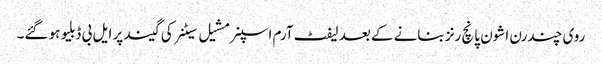
روی چندرن اشون پانچ رنز بنانے کے بعد لیفٹ آرم اسپنر مشیل سیٹنر کی گیند پر ایل بی ڈبلیو ہو گئے۔